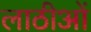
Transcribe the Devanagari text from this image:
लाठीओं